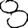
Digit: 8